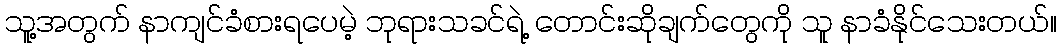
သူ့အတွက် နာကျင်ခံစားရပေမဲ့ ဘုရားသခင်ရဲ့ တောင်းဆိုချက်တွေကို သူ နာခံနိုင်သေးတယ်။